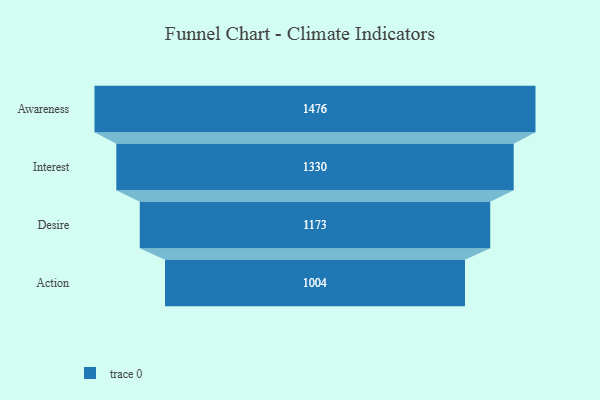
{"axis": {"x": "Stage", "y": "Value"}, "legend": [""], "data": [{"x": "Awareness", "y": 1476.0, "type": ""}, {"x": "Interest", "y": 1330.0, "type": ""}, {"x": "Desire", "y": 1173.0, "type": ""}, {"x": "Action", "y": 1004.0, "type": ""}]}